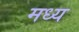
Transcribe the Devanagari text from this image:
मध्य